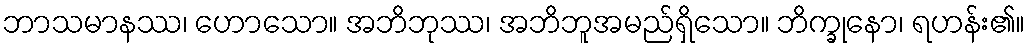
ဘာသမာနဿ၊ ဟောသော။ အဘိဘုဿ၊ အဘိဘူအမည်ရှိသော။ ဘိက္ခုနော၊ ရဟန်း၏။